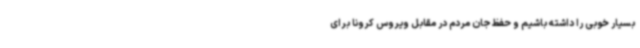
بسیار خوبی را داشته باشیم و حفظ جان مردم در مقابل ویروس کرونا برای